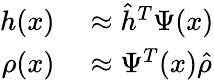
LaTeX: \begin{array}{rl}{h(x)}&{{}\approx\hat{h}^{T}\Psi(x)}\\ {\rho(x)}&{{}\approx\Psi^{T}(x)\hat{\rho}}\end{array}